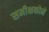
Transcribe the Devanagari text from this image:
समीक्षकोने